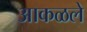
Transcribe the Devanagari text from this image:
आकळले